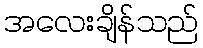
အလေးချိန်သည်